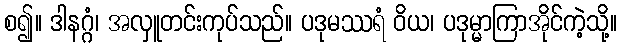
စ၍။ ဒါနဂ္ဂံ၊ အလှူတင်းကုပ်သည်။ ပဒုမဿရံ ဝိယ၊ ပဒုမ္မာကြာအိုင်ကဲ့သို့။